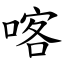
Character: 喀